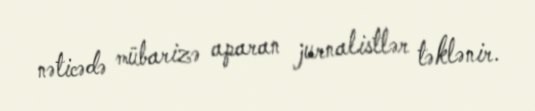
nəticədə mübarizə aparan jurnalistlər təklənir.